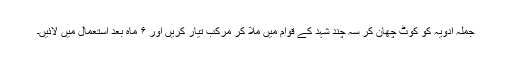
جملہ ادویہ کو کوٹ چھان کر سہ چند شہد کے قوام میں ملا کر مرکب تیار کریں اور ۶ ماہ بعد استعمال میں لائیں۔